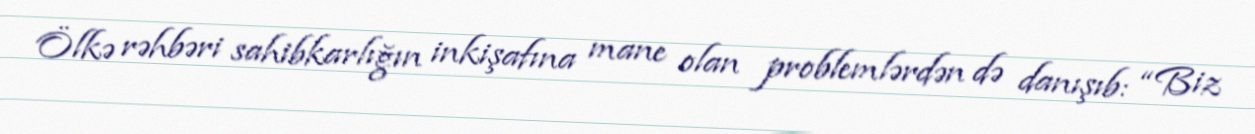
Ölkə rəhbəri sahibkarlığın inkişafına mane olan problemlərdən də danışıb: “Biz